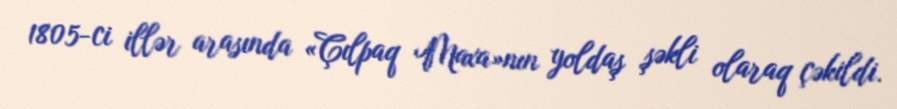
1805-ci illər arasında «Çılpaq Maxa»nın yoldaş şəkli olaraq çəkildi.